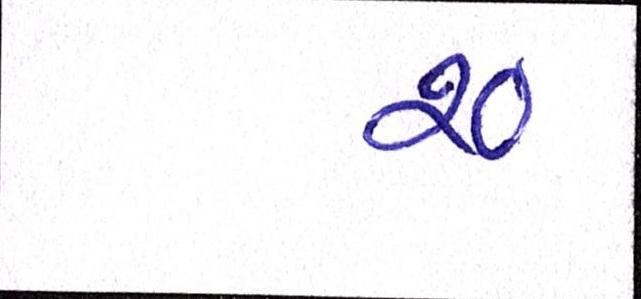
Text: ર૦